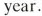
year.